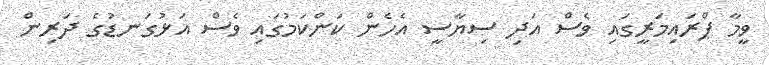
ވީމާ ޕްރައިމަރީގައި ވެސް އަދި ސިޔާސީ އެހެން ކަންކަމުގައި ވެސް އަޅުގަނޑުގެ ދަރިން